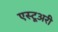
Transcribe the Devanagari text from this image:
एस्टूअरी